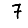
Digit: 7